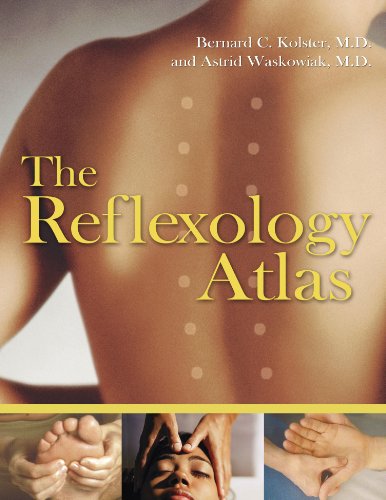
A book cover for The Reflexology Atlas; Bernard C. Kolster; Health, Fitness & Dieting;